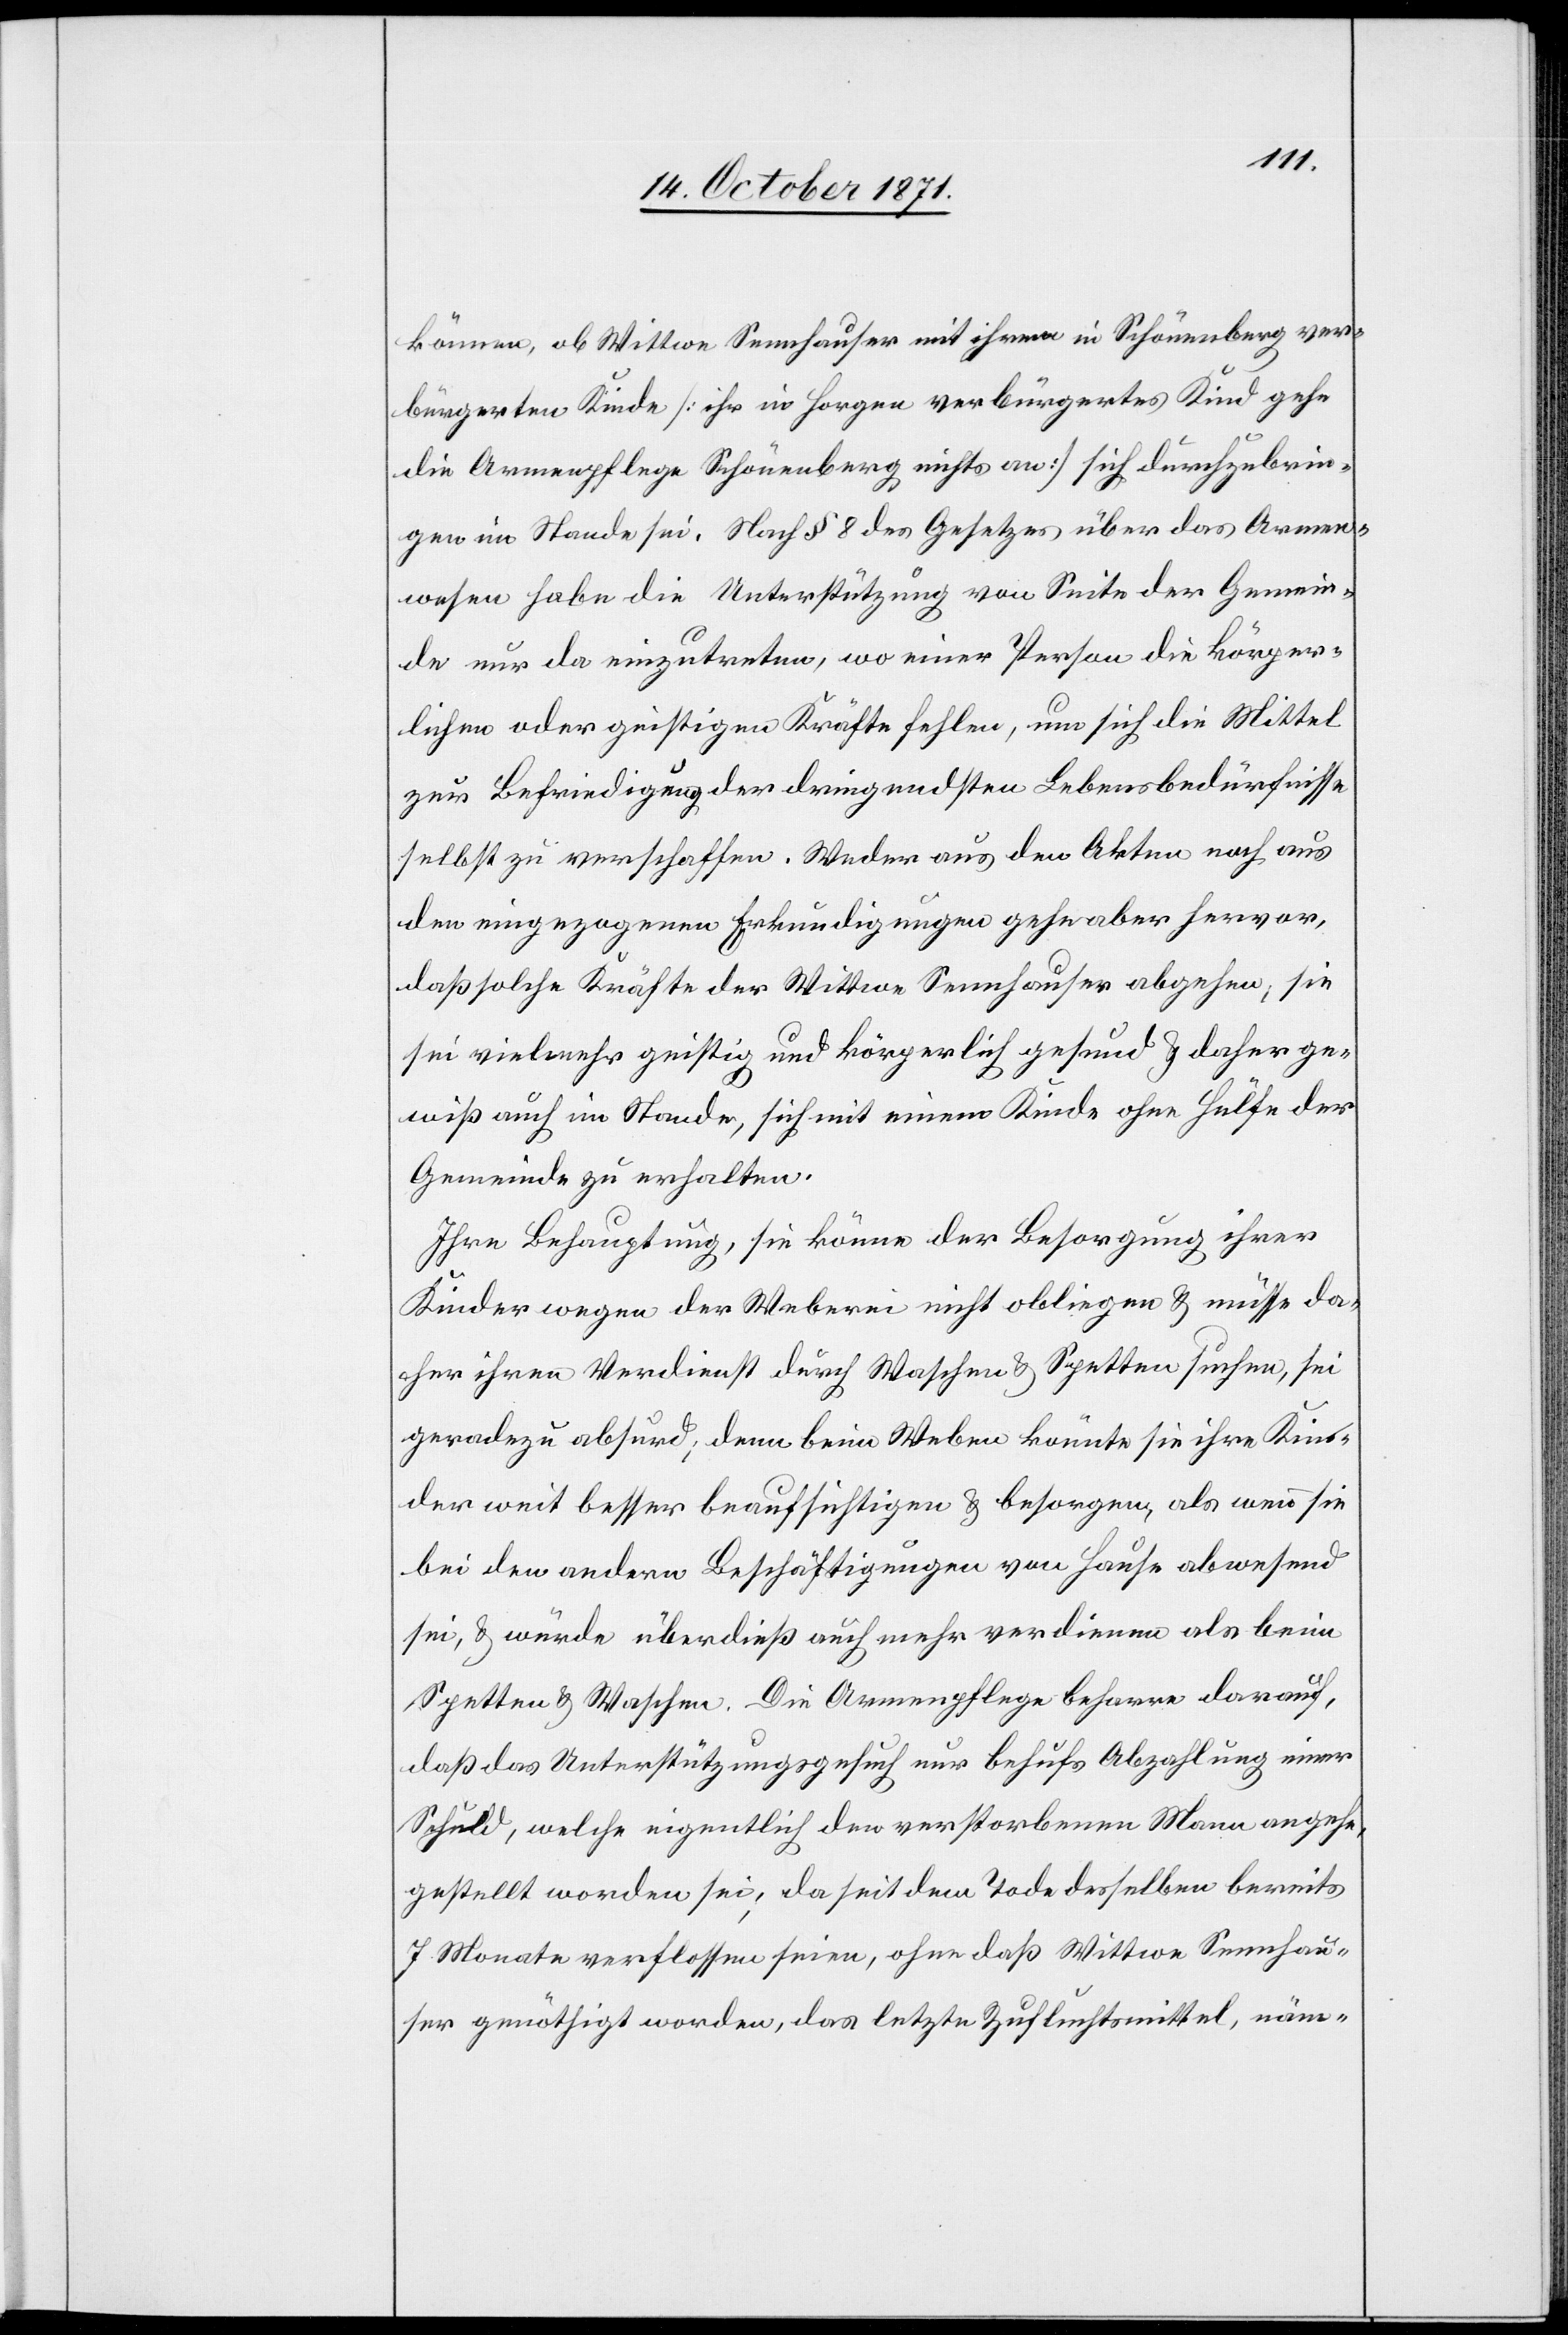
können, ob Wittwe Sennhauser mit ihrem in Schönenberg ver¬
bürgerten Kinde [ihr in Horgen verbürgertes Kind gehe
die Armenpflege Schönenberg nichts an] sich durchzubrin¬
gen im Stande sei. Nach § 8 des Gesetzes über das Armen¬
wesen habe die Unterstützung von Seite der Gemein¬
de nur da einzutreten, wo einer Person die körper¬
lichen oder geistigen Kräfte fehlen, um sich die Mittel
zur Befriedigung der dringendsten Lebensbedürfnisse
selbst zu verschaffen. Weder aus den Akten noch aus
der eingezogenen Erkundigung gehe aber hervor,
daß solche Kräfte der Wittwe Sennhauser abgehen, sie
sei vielmehr geistig und körperlich gesund & daher ge¬
wiß auch im Stande, sich mit einem Kinde ohne Hülfe der
Gemeinde zu erhalten.
Ihre Behauptung, sie könne der Besorgung ihrer
Kinder wegen der Weberei nicht obliegen & müsse da¬
her ihren Verdienst durch Waschen & Spetten suchen, sei
geradezu absurd, denn beim Weben könnte sie ihre Kin¬
der weit besser beaufsichtigen & besorgen, als wenn sie
bei den andern Beschäftigungen von Hause abwesend
sei, & würde überdieß auch mehr verdienen als beim
Spetten & Waschen. Die Armenpflege beharre darauf,
daß das Unterstützungsgesuch nur behufs Abzahlung einer
Schuld, welche eigentlich den verstorbenen Mann angehe,
gestellt worden sei; da seit dem Tode desselben bereits
7 Monate verflossen seien, ohne daß Wittwe Sennhau¬
ser genöthigt worden, das letzte Zufluchtsmittel, näm-